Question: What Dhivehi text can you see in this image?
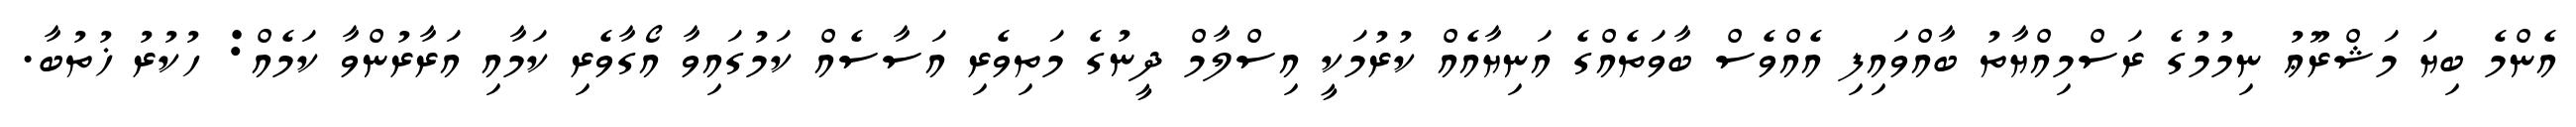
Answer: އެންމެ ބިޔަ މަޝްރޫޢު ނިމުމުގެ ރަސްމިއްޔާތު ބާއްވައިފި އެއްވެސް ބާވަތެއްގެ އަނިޔާއެއް ކުރުމަކީ އިސްލާމް ދީނުގެ މަތިވެރި އަސާސެއް ކަމުގައިވާ އޯގާވެރި ކަމާއި އަރާރުންވާ ކަމެއް: ހުކުރު ޚުތުބާ.